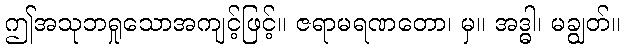
ဤအသုဘရှုသောအကျင့်ဖြင့်။ ဇရာမရဏတော၊ မှ။ အဒ္ဓါ၊ မချွတ်။